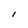
Character: l